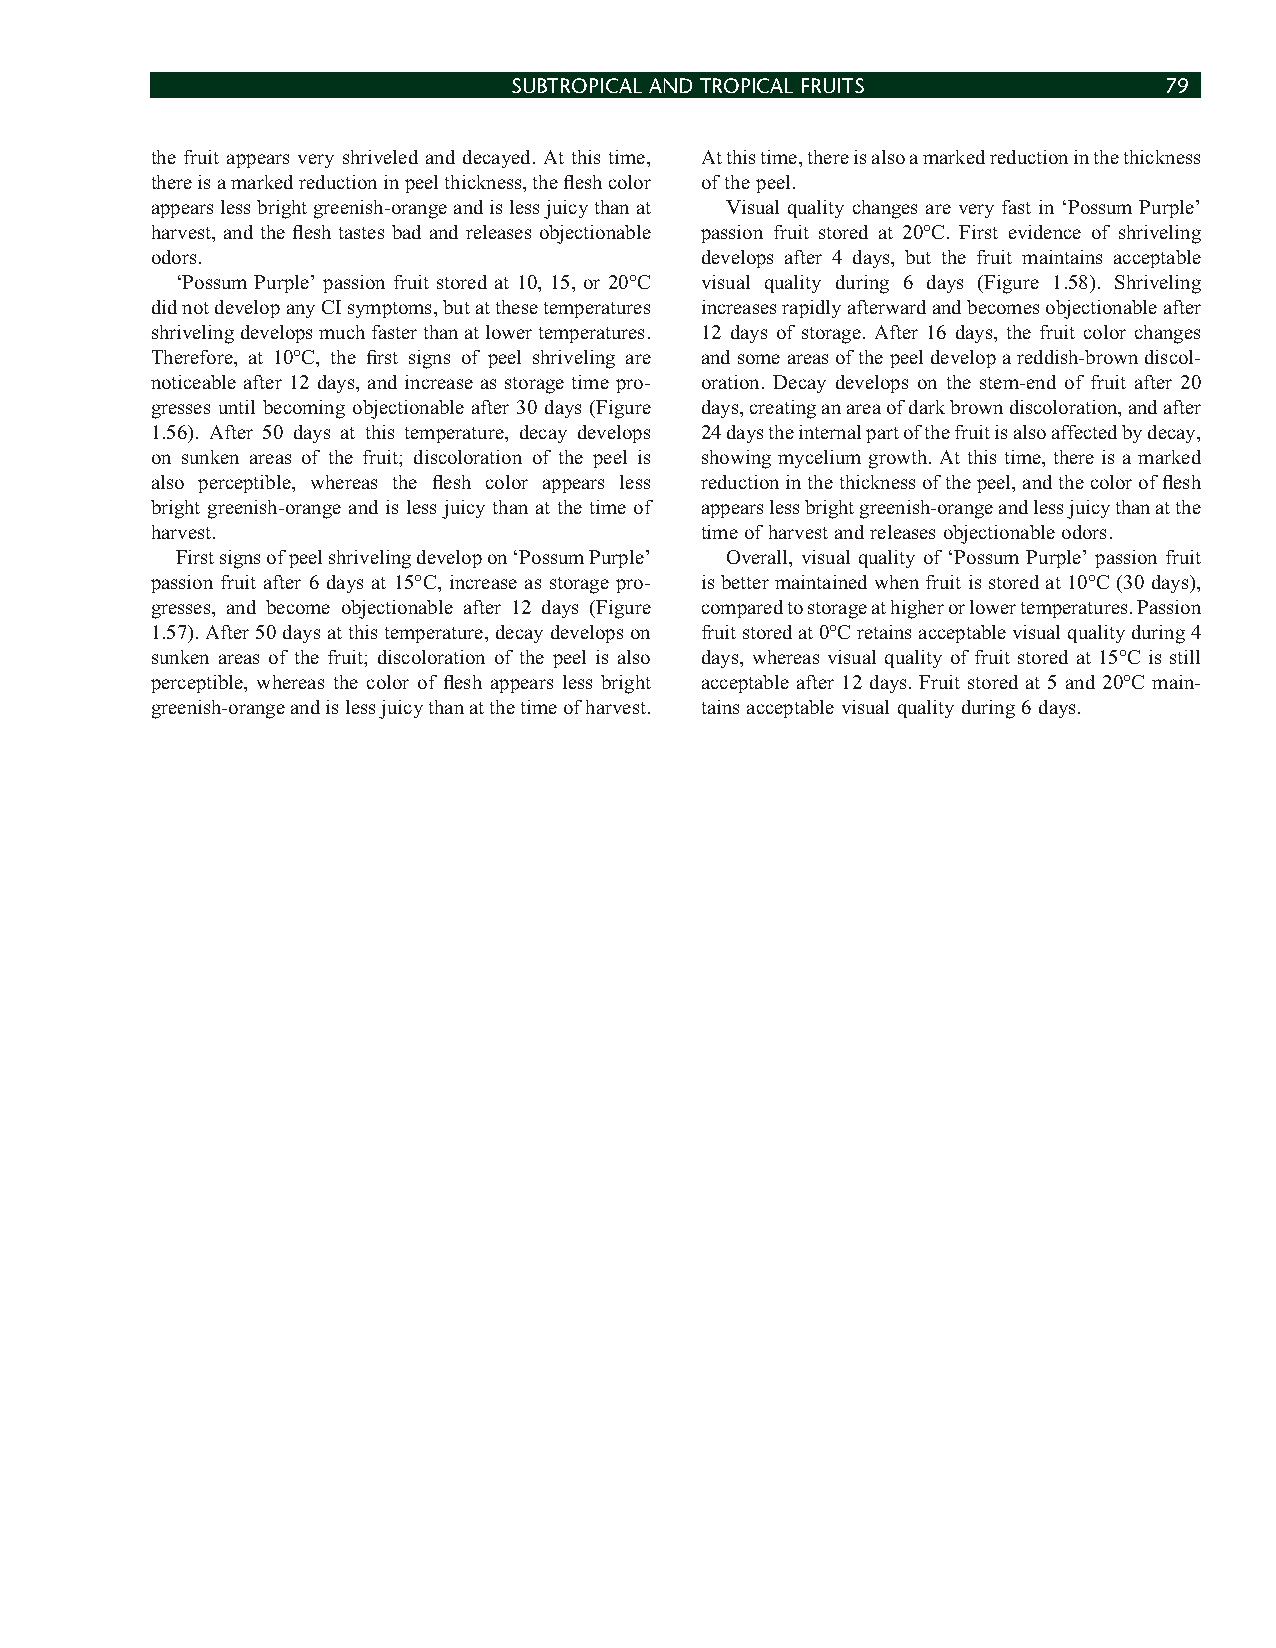
SUBTROPICAL AND TROPICAL FRUITS            79
 the fruit appears very shriveled and decayed. At this time, At this time, there is also a marked reduction in the thickness
 there is a marked reduction in peel thickness, the fl esh color of the peel.
 appears less bright greenish-orange and is less juicy than at Visual quality changes are very fast in ‘Possum Purple’
 harvest, and the fl esh tastes bad and releases objectionable passion fruit stored at 20°C. First evidence of shriveling
 odors.                              develops after 4 days, but the fruit maintains acceptable
 ‘Possum Purple’ passion fruit stored at 10, 15, or 20°C visual quality during 6 days (Figure 1.58). Shriveling
 did not develop any CI symptoms, but at these temperatures increases rapidly afterward and becomes objectionable after
 shriveling develops much faster than at lower temperatures. 12 days of storage. After 16 days, the fruit color changes
 Therefore, at 10°C, the fi rst signs of peel shriveling are and some areas of the peel develop a reddish-brown discol-
 noticeable after 12 days, and increase as storage time pro- oration. Decay develops on the stem-end of fruit after 20
 gresses until becoming objectionable after 30 days (Figure days, creating an area of dark brown discoloration, and after
 1.56). After 50 days at this temperature, decay develops 24 days the internal part of the fruit is also affected by decay,
 on sunken areas of the fruit; discoloration of the peel is showing mycelium growth. At this time, there is a marked
 also perceptible, whereas the fl esh color appears less reduction in the thickness of the peel, and the color of fl esh
 bright greenish-orange and is less juicy than at the time of appears less bright greenish-orange and less juicy than at the
 harvest.                            time of harvest and releases objectionable odors.
 First signs of peel shriveling develop on ‘Possum Purple’ Overall, visual quality of ‘Possum Purple’ passion fruit
 passion fruit after 6 days at 15°C, increase as storage pro- is better maintained when fruit is stored at 10°C (30 days),
 gresses, and become objectionable after 12 days (Figure compared to storage at higher or lower temperatures. Passion
 1.57). After 50 days at this temperature, decay develops on fruit stored at 0°C retains acceptable visual quality during 4
 sunken areas of the fruit; discoloration of the peel is also days, whereas visual quality of fruit stored at 15°C is still
 perceptible, whereas the color of fl esh appears less bright acceptable after 12 days. Fruit stored at 5 and 20°C main-
 greenish-orange and is less juicy than at the time of harvest. tains acceptable visual quality during 6 days.